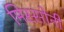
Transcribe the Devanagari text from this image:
मिस्सोनी